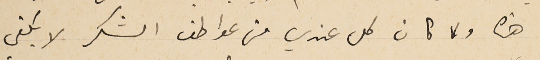
هنا ولما كان كل عندي من عواطف الشكر لا يكفي